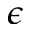
\epsilon